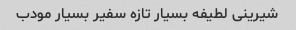
شیرینی لطیفه بسیار تازه سفیر بسیار مودب